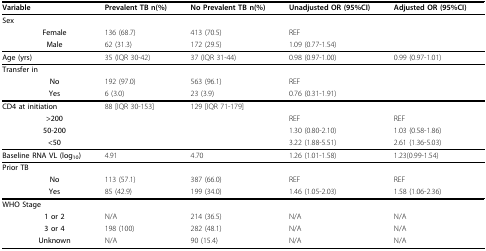
<table><thead><tr><td><b>Variable</b></td><td><b>Prevalent TB n(%)</b></td><td><b>No Prevalent TB n(%)</b></td><td><b>Unadjusted OR (95%CI)</b></td><td><b>Adjusted OR (95%CI)</b></td></tr></thead><tbody><tr><td><b>Sex</b></td><td></td><td></td><td></td><td></td></tr><tr><td> <b>Female</b></td><td>136 (68.7)</td><td>413 (70.5)</td><td>REF</td><td></td></tr><tr><td> <b>Male</b></td><td>62 (31.3)</td><td>172 (29.5)</td><td>1.09 (0.77-1.54)</td><td></td></tr><tr><td><b>Age (yrs)</b></td><td>35 (IQR 30-42)</td><td>37 (IQR 31-44)</td><td>0.98 (0.97-1.00)</td><td>0.99 (0.97-1.01)</td></tr><tr><td><b>Transfer in</b></td><td></td><td></td><td></td><td></td></tr><tr><td> <b>No</b></td><td>192 (97.0)</td><td>563 (96.1)</td><td>REF</td><td></td></tr><tr><td> <b>Yes</b></td><td>6 (3.0)</td><td>23 (3.9)</td><td>0.76 (0.31-1.91)</td><td></td></tr><tr><td><b>CD4 at initiation</b></td><td>88 [IQR 30-153]</td><td>129 [IQR 71-179]</td><td></td><td></td></tr><tr><td> <b>&gt;200</b></td><td></td><td></td><td>REF</td><td>REF</td></tr><tr><td> <b>50-200</b></td><td></td><td></td><td>1.30 (0.80-2.10)</td><td>1.03 (0.58-1.86)</td></tr><tr><td> <b>&lt;50</b></td><td></td><td></td><td>3.22 (1.88-5.51)</td><td>2.61 (1.36-5.03)</td></tr><tr><td><b>Baseline RNA VL (log<sub>10</sub>)</b></td><td>4.91</td><td>4.70</td><td>1.26 (1.01-1.58)</td><td>1.23(0.99-1.54)</td></tr><tr><td><b>Prior TB</b></td><td></td><td></td><td></td><td></td></tr><tr><td> <b>No</b></td><td>113 (57.1)</td><td>387 (66.0)</td><td>REF</td><td>REF</td></tr><tr><td> <b>Yes</b></td><td>85 (42.9)</td><td>199 (34.0)</td><td>1.46 (1.05-2.03)</td><td>1.58 (1.06-2.36)</td></tr><tr><td><b>WHO Stage</b></td><td></td><td></td><td></td><td></td></tr><tr><td> <b>1 or 2</b></td><td>N/A</td><td>214 (36.5)</td><td>N/A</td><td>N/A</td></tr><tr><td> <b>3 or 4</b></td><td>198 (100)</td><td>282 (48.1)</td><td>N/A</td><td>N/A</td></tr><tr><td> <b>Unknown</b></td><td>N/A</td><td>90 (15.4)</td><td>N/A</td><td>N/A</td></tr></tbody></table>